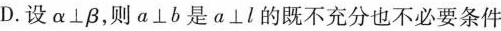
D.设α⊥β，则a⊥b是a⊥l的既不充分也不必要条件